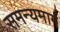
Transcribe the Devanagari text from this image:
समन्यमार्ग